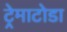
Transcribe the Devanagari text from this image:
ट्रेमाटोडा